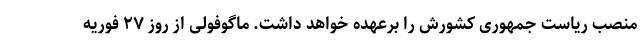
منصب ریاست جمهوری کشورش را برعهده خواهد داشت. ماگوفولی از روز ۲۷ فوریه